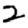
Digit: 2